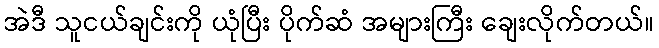
အဲဒီ သူငယ်ချင်းကို ယုံပြီး ပိုက်ဆံ အများကြီး ချေးလိုက်တယ်။